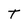
Character: T